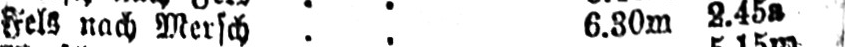
Fels nach Mersch .. 6.30m 2.45a